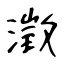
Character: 澂